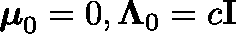
{ \boldsymbol { \mu } } _ { 0 } = 0 , \mathbf { \Lambda } _ { 0 } = c \mathbf { I }